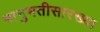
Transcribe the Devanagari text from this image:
भानुमतीसारख्या